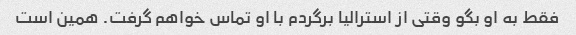
فقط به او بگو وقتی از استرالیا برگردم با او تماس خواهم گرفت. همین است